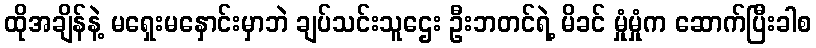
ထိုအချိန်နဲ့ မရှေးမနှောင်းမှာဘဲ ချပ်သင်းသူဌေး ဦးဘတင်ရဲ့ မိခင် မှုံမှုံက ဆောက်ပြီးခါစ